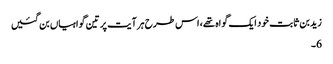
زیدبن ثابت خود ایک گواہ تھے، اس طرح ہر آیت پر تین گواہیاں بن گئیں
6۔